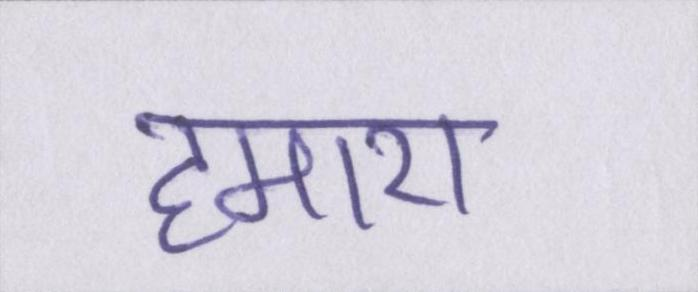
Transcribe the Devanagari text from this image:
हमारा